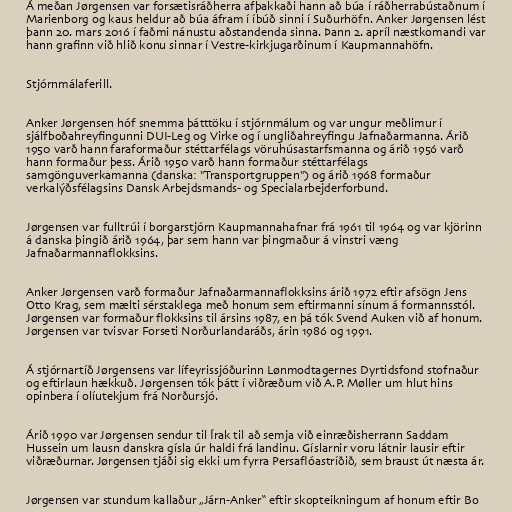
Á meðan Jørgensen var forsætisráðherra afþakkaði hann að búa í ráðherrabústaðnum í
Marienborg og kaus heldur að búa áfram í íbúð sinni í Suðurhöfn. Anker Jørgensen lést
þann 20. mars 2016 í faðmi nánustu aðstandenda sinna. Þann 2. apríl næstkomandi var
hann grafinn við hlið konu sinnar í Vestre-kirkjugarðinum í Kaupmannahöfn.

Stjórnmálaferill.

Anker Jørgensen hóf snemma þátttöku í stjórnmálum og var ungur meðlimur í
sjálfboðahreyfingunni DUI-Leg og Virke og í ungliðahreyfingu Jafnaðarmanna. Árið
1950 varð hann faraformaður stéttarfélags vöruhúsastarfsmanna og árið 1956 varð
hann formaður þess. Árið 1950 varð hann formaður stéttarfélags
samgönguverkamanna (danska: "Transportgruppen") og árið 1968 formaður
verkalýðsfélagsins Dansk Arbejdsmands- og Specialarbejderforbund.

Jørgensen var fulltrúi í borgarstjórn Kaupmannahafnar frá 1961 til 1964 og var kjörinn
á danska þingið árið 1964, þar sem hann var þingmaður á vinstri væng
Jafnaðarmannaflokksins.

Anker Jørgensen varð formaður Jafnaðarmannaflokksins árið 1972 eftir afsögn Jens
Otto Krag, sem mælti sérstaklega með honum sem eftirmanni sínum á formannsstól.
Jørgensen var formaður flokksins til ársins 1987, en þá tók Svend Auken við af honum.
Jørgensen var tvisvar Forseti Norðurlandaráðs, árin 1986 og 1991.

Á stjórnartíð Jørgensens var lífeyrissjóðurinn Lønmodtagernes Dyrtidsfond stofnaður
og eftirlaun hækkuð. Jørgensen tók þátt í viðræðum við A.P. Møller um hlut hins
opinbera í olíutekjum frá Norðursjó.

Árið 1990 var Jørgensen sendur til Írak til að semja við einræðisherrann Saddam
Hussein um lausn danskra gísla úr haldi frá landinu. Gíslarnir voru látnir lausir eftir
viðræðurnar. Jørgensen tjáði sig ekki um fyrra Persaflóastríðið, sem braust út næsta ár.

Jørgensen var stundum kallaður „Járn-Anker“ eftir skopteikningum af honum eftir Bo